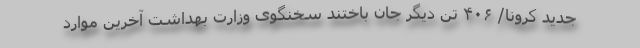
جدید کرونا/ ۴۰۶ تن دیگر جان باختند سخنگوی وزارت بهداشت آخرین موارد